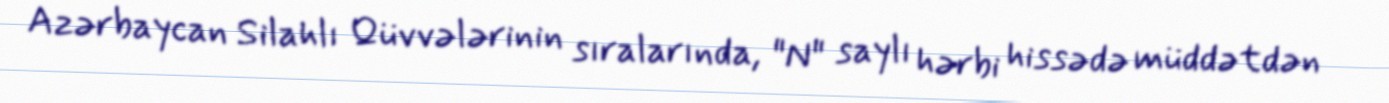
Azərbaycan Silahlı Qüvvələrinin sıralarında, "N" saylı hərbi hissədə müddətdən